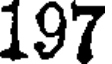
197